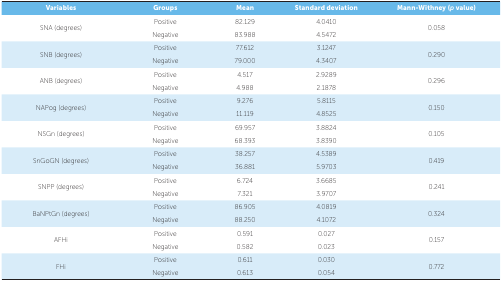
<table><thead><tr><td><b>Variables</b></td><td><b>Groups</b></td><td><b>Mean</b></td><td><b>Standard deviation</b></td><td><b>Mann-Withney (<i>p</i> value)</b></td></tr></thead><tbody><tr><td rowspan="2">SNA (degrees)</td><td>Positive</td><td>82.129</td><td>4.0410</td><td rowspan="2">0.058</td></tr><tr><td>Negative</td><td>83.988</td><td>4.5472</td></tr><tr><td rowspan="2">SNB (degrees)</td><td>Positive</td><td>77.612</td><td>3.1247</td><td rowspan="2">0.290</td></tr><tr><td>Negative</td><td>79.000</td><td>4.3407</td></tr><tr><td rowspan="2">ANB (degrees)</td><td>Positive</td><td>4.517</td><td>2.9289</td><td rowspan="2">0.296</td></tr><tr><td>Negative</td><td>4.988</td><td>2.1878</td></tr><tr><td rowspan="2">NAPog (degrees)</td><td>Positive</td><td>9.276</td><td>5.8115</td><td rowspan="2">0.150</td></tr><tr><td>Negative</td><td>11.119</td><td>4.8525</td></tr><tr><td rowspan="2">NSGn (degrees)</td><td>Positive</td><td>69.957</td><td>3.8824</td><td rowspan="2">0.105</td></tr><tr><td>Negative</td><td>68.393</td><td>3.8390</td></tr><tr><td rowspan="2">SnGoGN (degrees)</td><td>Positive</td><td>38.257</td><td>4.5389</td><td rowspan="2">0.419</td></tr><tr><td>Negative</td><td>36.881</td><td>5.9703</td></tr><tr><td rowspan="2">SNPP (degrees)</td><td>Positive</td><td>6.724</td><td>3.6685</td><td rowspan="2">0.241</td></tr><tr><td>Negative</td><td>7.321</td><td>3.9707</td></tr><tr><td rowspan="2">BaNPtGn (degrees)</td><td>Positive</td><td>86.905</td><td>4.0819</td><td rowspan="2">0.324</td></tr><tr><td>Negative</td><td>88.250</td><td>4.1072</td></tr><tr><td rowspan="2">AFHi</td><td>Positive</td><td>0.591</td><td>0.027</td><td rowspan="2">0.157</td></tr><tr><td>Negative</td><td>0.582</td><td>0.023</td></tr><tr><td rowspan="2">FHi</td><td>Positive</td><td>0.611</td><td>0.030</td><td rowspan="2">0.772</td></tr><tr><td>Negative</td><td>0.613</td><td>0.054</td></tr></tbody></table>